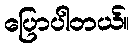
ပြောပါတယ်။